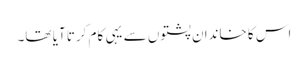
اس کا خاندان پشتوں سے یہی کام کرتا آیا تھا۔